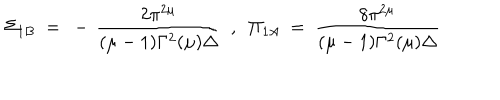
\Sigma _ { 1 B } ~ = ~ - \, \frac { 2 \pi ^ { 2 \mu } } { ( \mu - 1 ) \Gamma ^ { 2 } ( \mu ) \Delta } ~ ~ , ~ ~ \Pi _ { 1 A } ~ = ~ \frac { 8 \pi ^ { 2 \mu } } { ( \mu - 1 ) \Gamma ^ { 2 } ( \mu ) \Delta }